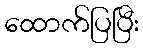
ထောက်ပြပြီး